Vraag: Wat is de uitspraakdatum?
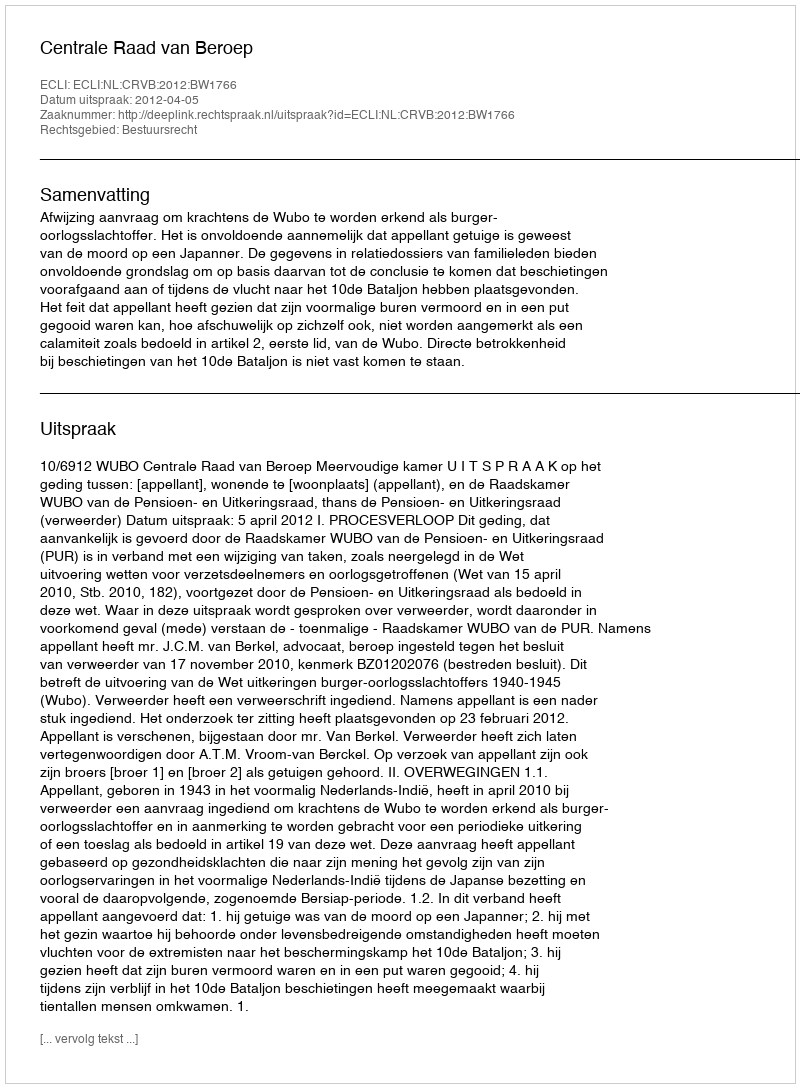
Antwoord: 2012-04-05